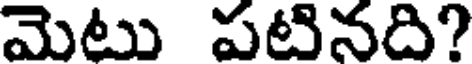
మెటు పటినది?